Lyperosia minuta, Bezzi - Number 59
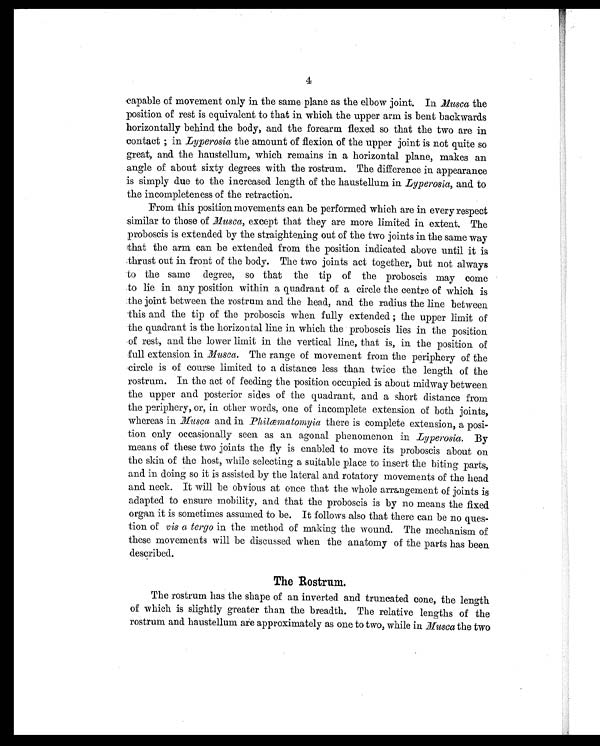
4
capable of movement only in the same plane as the elbow joint. In Musca the
position of rest is equivalent to that in which the upper arm is bent backwards
horizontally behind the body, and the forearm flexed so that the two are in
contact ; in Lyperosia the amount of flexion of the upper joint is not quite so
great, and the haustellum, which remains in a horizontal plane, makes an
angle of about sixty degrees with the rostrum. The difference in appearance
is simply due to the increased length of the haustellum in Lyperosia, and to
the incompleteness of the retraction.
From this position movements can be performed which are in every respect
similar to those of Musca, except that they are more limited in extent. The
proboscis is extended by the straightening out of the two joints in the same way
that the arm can be extended from the position indicated above until it is
thrust out in front of the body. The two joints act together, but not always
to the same degree, so that the tip of the proboscis may come
to lie in any position within a quadrant of a circle the centre of which is
the joint between the rostrum and the head, and the radius the line between
this and the tip of the proboscis when fully extended ; the upper limit of
the quadrant is the horizontal line in which the proboscis lies in the position
of rest, and the lower limit in the vertical line, that is, in the position of
full extension in Musca. The range of movement from the periphery of the
circle is of course limited to a distance less than twice the length of the
rostrum. In the act of feeding the position occupied is about midway between
the upper and posterior sides of the quadrant, and a short distance from
the periphery, or, in other words, one of incomplete extension of both joints,
whereas in Musca and in Philæmatomyia there is complete extension, a posi-
tion only occasionally seen as an agonal phenomenon in Lyperosia. By
means of these two joints the fly is enabled to move its proboscis about on
the skin of the host, while selecting a suitable place to insert the biting parts,
and in doing so it is assisted by the lateral and rotatory movements of the head
and neck. It will be obvious at once that the whole arrangement of joints is
adapted to ensure mobility, and that the proboscis is by no means the fixed
organ it is sometimes assumed to be. It follows also that there can be no ques-
tion of vis a tergo in the method of making the wound. The mechanism of
these movements will be discussed when the anatomy of the parts has been
described.
The Rostrum.
The rostrum has the shape of an inverted and truncated cone, the length
of which is slightly greater than the breadth. The relative lengths of the
rostrum and haustellum are approximately as one to two, while in Musca the two